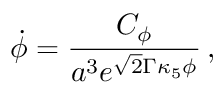
\dot { \phi } = { \frac { C _ { \phi } } { a ^ { 3 } e ^ { \sqrt { 2 } \Gamma \kappa _ { 5 } \phi } } } \, ,